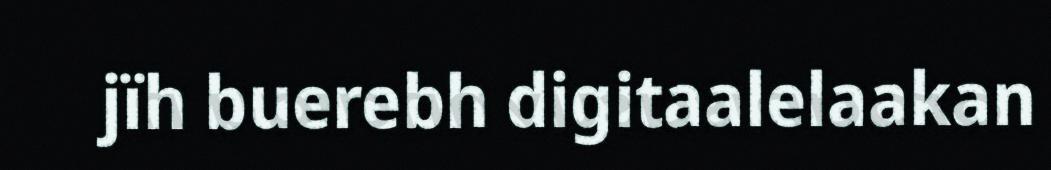
jïh buerebh digitaalelaakan